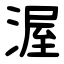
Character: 渥